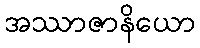
အဿာဇာနိယော